Punjab Mental Hospital Lahore 1922-31 - 1922-1931
Year: 1922
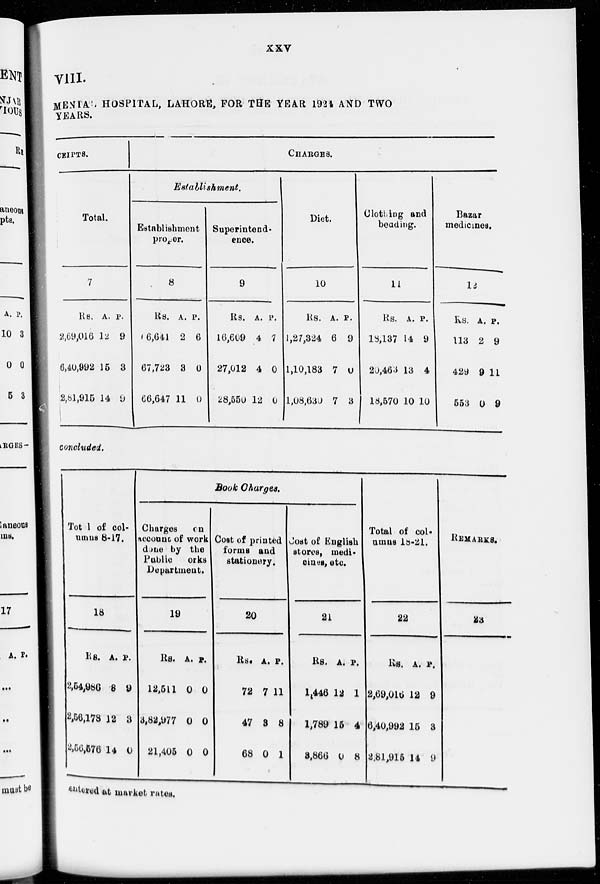
xxv
VIII.
MENTAL HOSPITAL, LAHORE, FOR THE YEAR 1924 AND TWO
YEARS.
CEIPTS.
Total.
7
Rs.
2,69,016
6,40,992
2,81,915
A.
12
15
14
P.
9
3
9
CHARGES.
Establishment.
Establishment
proper.
8
Rs.
16,641
67,723
66,647
A.
2
3
11
P.
6
0
0
Superintend-
ence.
9
Rs.
16,609
27,012
28,550
A.
4
4
12
P.
7
0
0
Diet.
10
Rs.
1,27,324
1,10,183
1,08,630
A.
6
7
7
P.
9
0
3
Clothing and
beading.
11
Rs.
18,137
20,463
18,570
A.
14
13
10
P.
9
4
10
Bazar
medicines.
12
Rs.
113
429
553
A.
2
9
0
P.
9
11
9
concluded.
Total of col-
umns 8-17.
18
Rs.
2,54,986
2,56,178
2,56,576
A.
8
12
14
P.
9
3
0
Book Charges.
Charges
on
account of work
done by the
Public works
Department.
19
Rs.
12,511
3,82,977
21,405
A.
0
0
0
P.
0
0
0
Cost of printed
forms and
stationery.
20
Rs.
72
47
68
A.
7
3
0
P.
11
8
1
Cost of English
stores, medi-
cines, etc.
21
Rs.
1,446
1,789
8,866
A.
12
15
0
P.
1
4
8
Total of col-
umns 18-21.
22
Rs.
2,69,016
6,40,992
2,81,915
A.
12
15
14
P.
9
3
9
REMARKS.
23
entered at market rates.